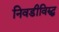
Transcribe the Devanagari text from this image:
निवडीविरुद्ध